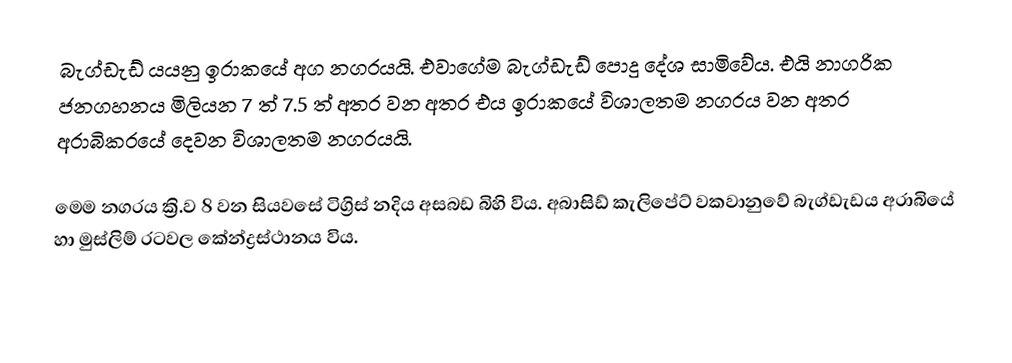
බැග්ඩැඩ් යයනු ඉරාකයේ අග නගරයයි. එ‍්වාගේම බැග්ඩැඩ් පොදු දේශ සාමිවේය. එයි නාගරික ජනගහනය මිලියන 7 ත් 7.5 ත් අතර වන අතර එය ඉරාකයේ විශාලතම නගරය වන අතර අරාබිකරයේ දෙවන විශාලතම නගරයයි.

මෙම නගරය ක්‍රි.ව 8 වන සියවසේ ටිග්‍රිස් නදිය අසබඩ බිහි විය. අබාසිඩ් කැලිපේට් වකවානුවේ බැග්ඩැඩය අරාබියේ හා මුස්ලිම් රටවල කේන්ද්‍රස්ථානය විය.